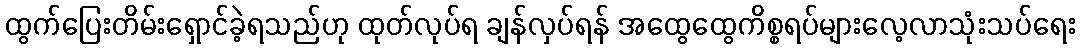
ထွက်ပြေးတိမ်းရှောင်ခဲ့ရသည်ဟု ထုတ်လုပ်ရ ချန်လှပ်ရန် အထွေထွေကိစ္စရပ်များလေ့လာသုံးသပ်ရေး